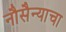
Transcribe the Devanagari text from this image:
नौसैन्याचा